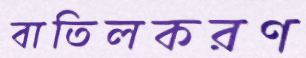
বাতিলকরণ